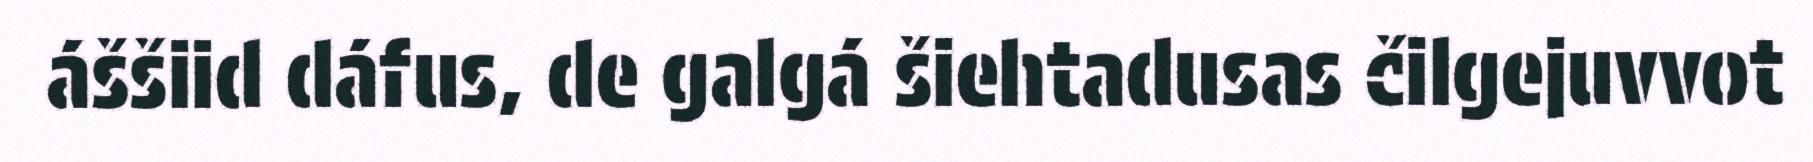
áššiid dáfus, de galgá šiehtadusas čilgejuvvot